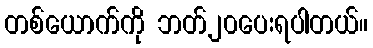
တစ်ယောက်ကို ဘတ်၂၀ပေးရပါတယ်။